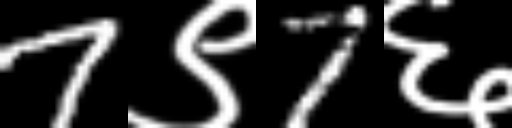
Text: 7९7६